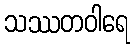
သဿတဝါရေ